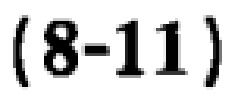
\((8 - 11)\)